Report of the Bombay Veterinary College
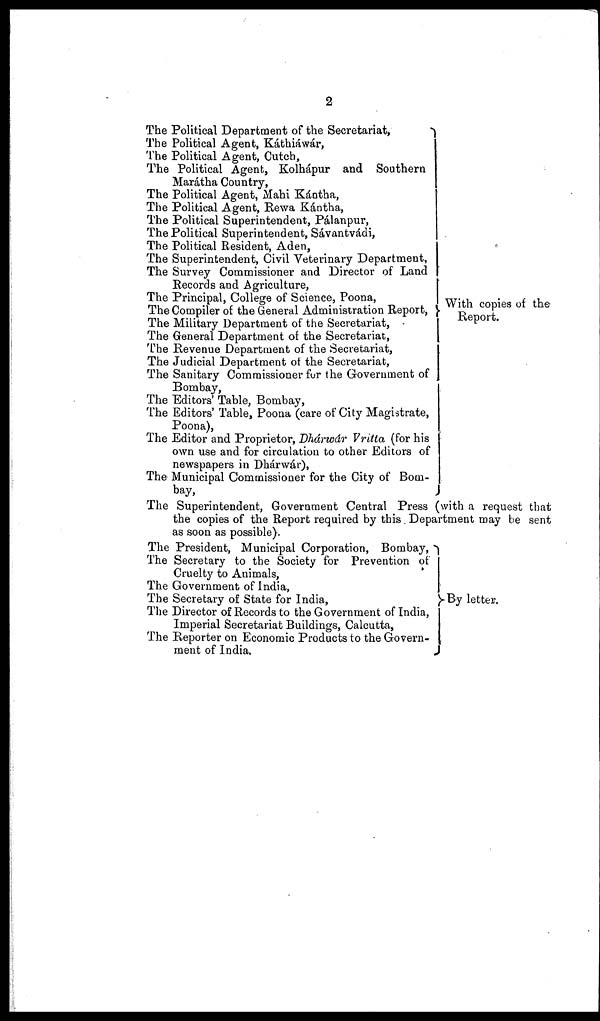
2
The Political Department of the Secretariat,
The Political Agent, Káthiáwár,
The Political Agent, Cutch,
The Political Agent, Kolhápur and Southern
Marátha Country,
The Political Agent, Mahi Kántha,
The Political Agent, Rewa Kántha,
The Political Superintendent, Pálanpur,
The Political Superintendent, Sávantvádi,
The Political Resident, Aden,
The Superintendent, Civil Veterinary Department,
The Survey Commissioner and Director of Land
Records and Agriculture,
The Principal, College of Science, Poona,
The Compiler of the General Administration Report,
The Military Department of the Secretariat,
The General Department of the Secretariat,
The Revenue Department of the Secretariat,
The Judicial Department of the Secretariat,
The Sanitary Commissioner for the Government of
Bombay,
The Editors' Table, Bombay,
The Editors' Table, Poona (care of City Magistrate,
Poona),
The Editor and Proprietor, Dhárwár Vritta (for his
own use and for circulation to other Editors of
newspapers in Dhárwár),
The Municipal Commissioner for the City of Bom-
bay,
With copies of the
Report.
The Superintendent, Government Central Press (with a request that
the copies of the Report required by this Department may be sent
as soon as possible).
The President, Municipal Corporation, Bombay,
The Secretary to the Society for Prevention of
Cruelty to Animals,
The Government of India,
The Secretary of State for India,
The Director of Records to the Government of India,
Imperial Secretariat Buildings, Calcutta,
The Reporter on Economic Products to the Govern-
ment of India.
By letter.